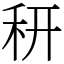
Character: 䄯